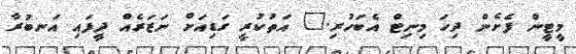
މީޓީން ފެށެން ދިހަ މިނިޓް އެބަހުރި." އަތުކުރީ ގަޑިއަށް ނަޒަރެއް ދީފައި އަނބުރާ